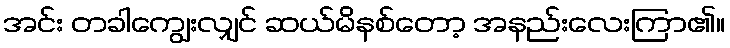
အင်း တခါကျွေးလျှင် ဆယ်မိနစ်တော့ အနည်းလေးကြာ၏။